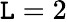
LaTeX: \mathtt{L}=2